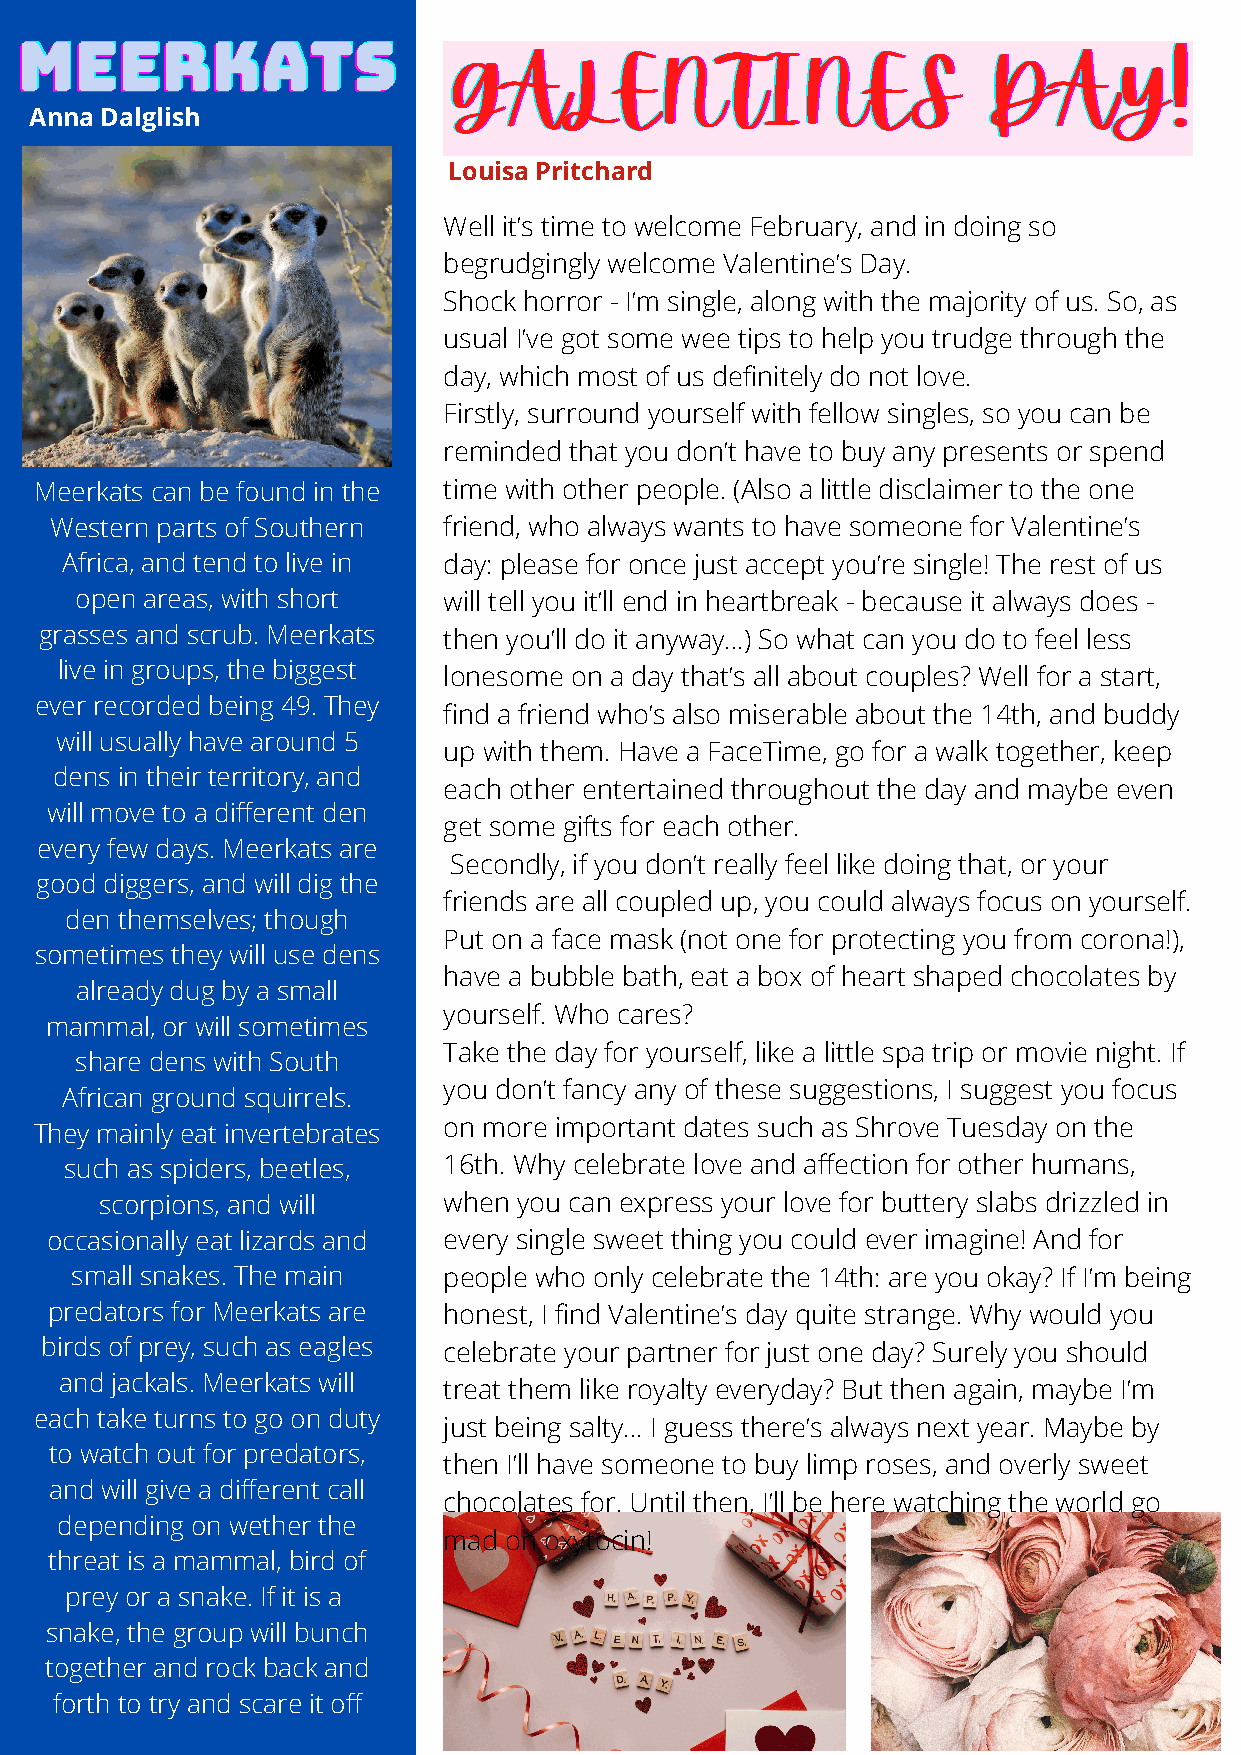
MMMEEEEEERRRKKKAAATTTSSS     GGGAAALLLEEENNNTTTIIINNNEEESSS     DDDAAAYYY!!!
 Anna Dalglish
 Louisa Pritchard
 Well it’s time to welcome February, and in doing so
 begrudgingly welcome Valentine’s Day.
 Shock horror - I’m single, along with the majority of us. So, as
 usual I’ve got some wee tips to help you trudge through the
 day, which most of us definitely do not love.
 Firstly, surround yourself with fellow singles, so you can be
 reminded that you don’t have to buy any presents or spend
 Meerkats can be found in the time with other people. (Also a little disclaimer to the one
 Western parts of Southern friend, who always wants to have someone for Valentine’s
 Africa, and tend to live in day: please for once just accept you’re single! The rest of us
 open areas, with short  will tell you it’ll end in heartbreak - because it always does -
 grasses and scrub. Meerkats then you’ll do it anyway…) So what can you do to feel less
 live in groups, the biggest
 lonesome on a day that’s all about couples? Well for a start,
 ever recorded being 49. They
 find a friend who’s also miserable about the 14th, and buddy
 will usually have around 5
 up with them. Have a FaceTime, go for a walk together, keep
 dens in their territory, and
 each other entertained throughout the day and maybe even
 will move to a different den
 get some gifts for each other.
 every few days. Meerkats are
 Secondly, if you don’t really feel like doing that, or your
 good diggers, and will dig the
 friends are all coupled up, you could always focus on yourself.
 den themselves; though
 Put on a face mask (not one for protecting you from corona!),
 sometimes they will use dens
 have a bubble bath, eat a box of heart shaped chocolates by
 already dug by a small
 yourself. Who cares?
 mammal, or will sometimes
 Take the day for yourself, like a little spa trip or movie night. If
 share dens with South
 you don’t fancy any of these suggestions, I suggest you focus
 African ground squirrels.
 on more important dates such as Shrove Tuesday on the
 They mainly eat invertebrates
 such as spiders, beetles, 16th. Why celebrate love and affection for other humans,
 scorpions, and will   when you can express your love for buttery slabs drizzled in
 occasionally eat lizards and every single sweet thing you could ever imagine! And for
 small snakes. The main  people who only celebrate the 14th: are you okay? If I’m being
 predators for Meerkats are honest, I find Valentine’s day quite strange. Why would you
 birds of prey, such as eagles celebrate your partner for just one day? Surely you should
 and jackals. Meerkats will
 treat them like royalty everyday? But then again, maybe I’m
 each take turns to go on duty
 just being salty… I guess there’s always next year. Maybe by
 to watch out for predators,
 then I’ll have someone to buy limp roses, and overly sweet
 and will give a different call
 chocolates for. Until then, I’ll be here watching the world go
 depending on wether the
 mad on oxytocin!
 threat is a mammal, bird of
 prey or a snake. If it is a
 snake, the group will bunch
 together and rock back and
 forth to try and scare it off